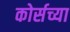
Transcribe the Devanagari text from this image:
कोर्सच्या